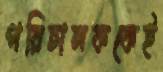
পরিচালককেই